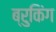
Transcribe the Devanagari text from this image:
ब्रुकिंग